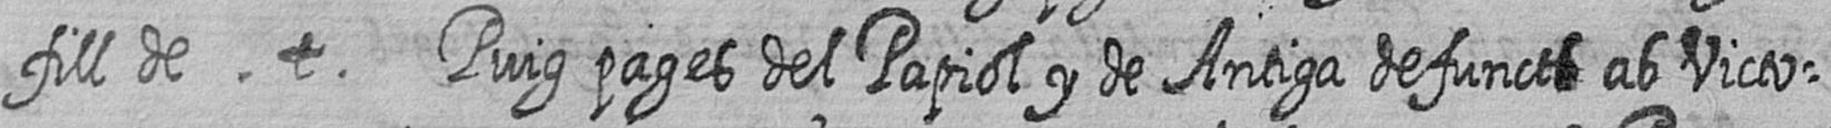
fill de t Puig pages del Papiol y de Antiga defuncts ab Victo=